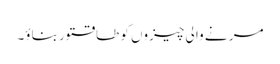
مر نے وا لی چیزوں کو طاقتور بناؤ۔